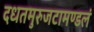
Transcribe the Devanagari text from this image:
दधतमुरुजटामण्डलं